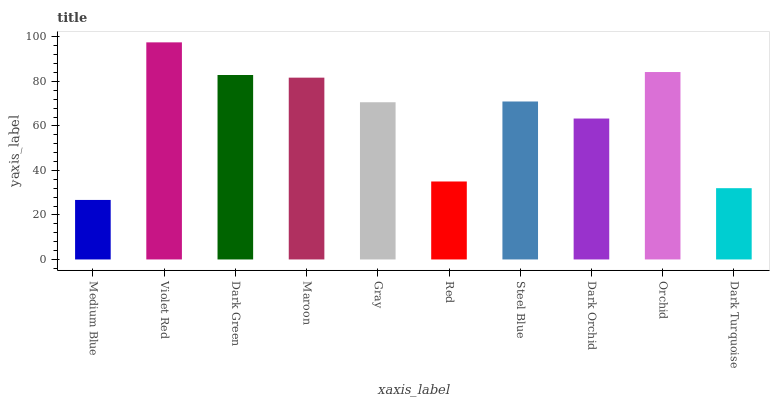
| xaxis_label | bars |
 | --- | --- |
 | Medium Blue | 26.7 |
 | Violet Red | 97.6 |
 | Dark Green | 82.9 |
 | Maroon | 81.7 |
 | Gray | 70.6 |
 | Red | 35 |
 | Steel Blue | 71 |
 | Dark Orchid | 63.3 |
 | Orchid | 84.2 |
 | Dark Turquoise | 32 |